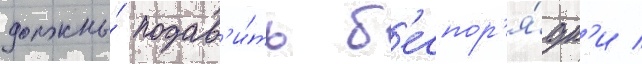
должны́ подав'и́ть б'еспор'я́дк'и /